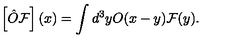
\left[ \hat { O } \mathcal { F } \right] ( x ) = \int d ^ { 3 } y O ( x - y ) \mathcal { F } ( y ) .